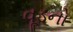
વૂડનો